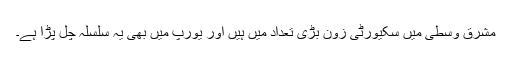
مشرق وسطیٰ میں سکیورٹی زون بڑی تعداد میں ہیں اور یورپ میں بھی یہ سلسلہ چل پڑا ہے۔